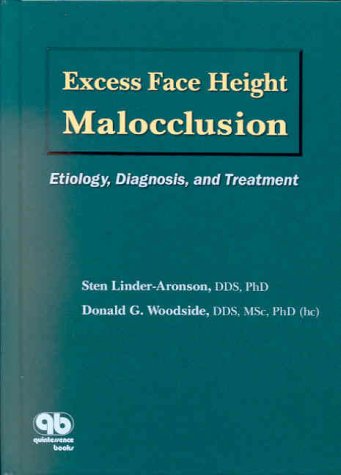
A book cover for Excess Face Height Malocclusion: Etiology, Diagnosis, and Treatment; Sten Linder-Aronson; Medical Books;